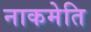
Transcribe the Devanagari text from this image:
नाकमेति